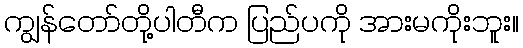
ကျွန်တော်တို့ပါတီက ပြည်ပကို အားမကိုးဘူး။